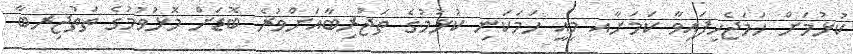
ކުޅުމަށް ހަމަޖެހިފައިވާ ކަމަށާއ މިއީ ހަމަކަނި ކުޅުމުގެ ތަޖުރިބާއަށްވުރެ ބޮޑަށް މޮޅުވުމުގެ ތަތުޖިރބާ